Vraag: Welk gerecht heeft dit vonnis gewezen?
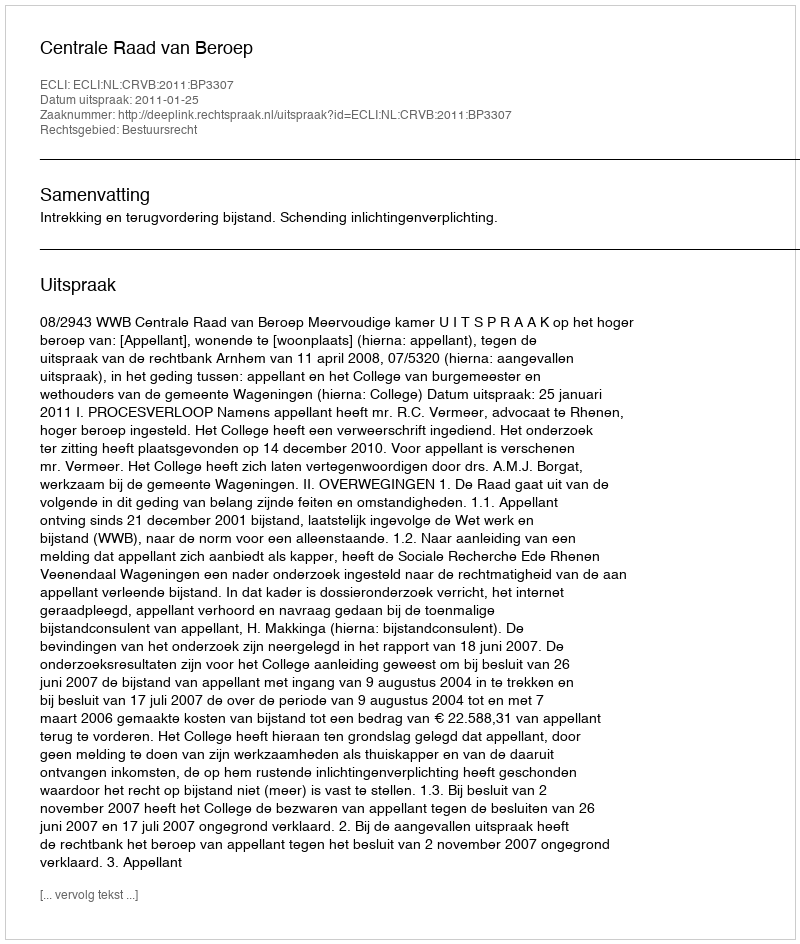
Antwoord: Centrale Raad van Beroep